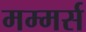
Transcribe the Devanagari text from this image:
मम्मर्स